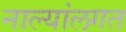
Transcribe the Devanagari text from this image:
नाल्यांलगत